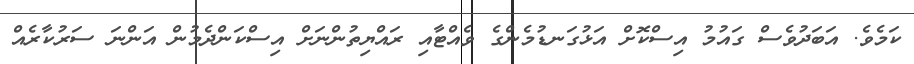
ކަމެވެ. އަބަދުވެސް ގައުމު އިސްކޮށް އަޅުގަނޑުމެންގެ ވެއްޓާއި ރައްޔިތުންނަށް އިސްކަންދެމުން އަންނަ ސަރުކާރެއް